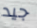
جيد